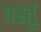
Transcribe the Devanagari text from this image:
वस्तुं